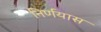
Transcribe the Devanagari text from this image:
निर्णयास